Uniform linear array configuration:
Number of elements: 32
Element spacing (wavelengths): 1
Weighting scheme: binomial
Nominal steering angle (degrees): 0
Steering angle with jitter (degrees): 1.154
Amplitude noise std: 0.05
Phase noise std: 0.05

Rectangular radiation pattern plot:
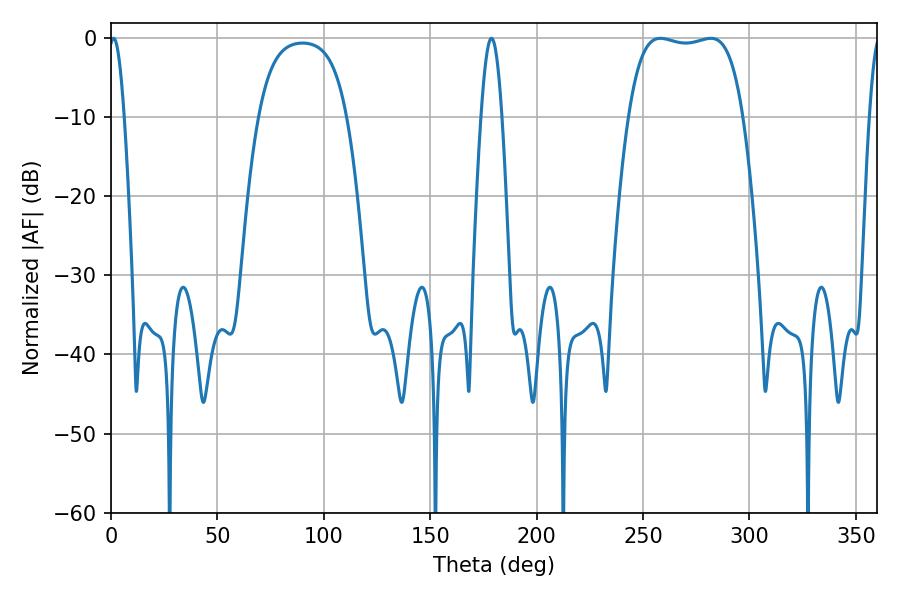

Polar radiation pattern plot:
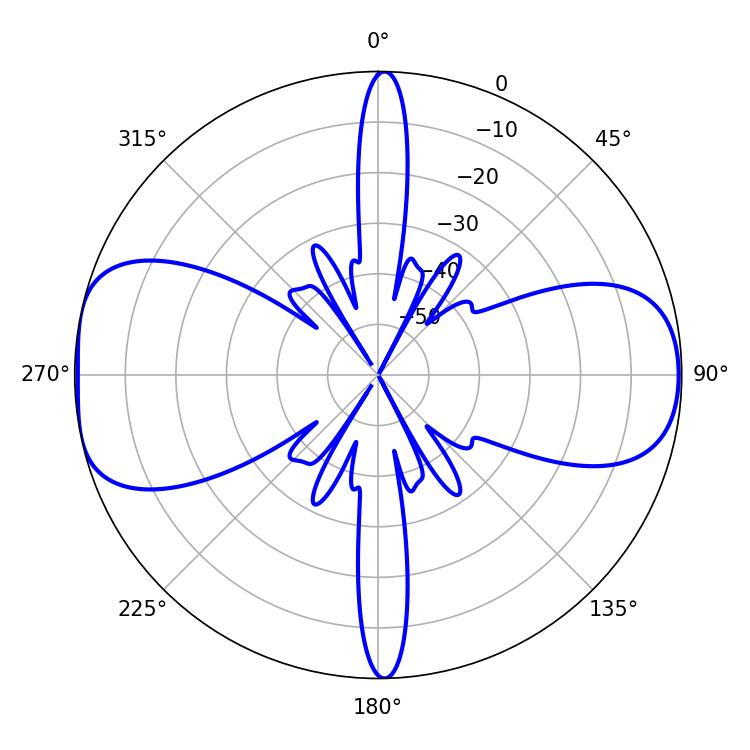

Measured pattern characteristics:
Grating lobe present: TRUE
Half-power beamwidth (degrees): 42.48
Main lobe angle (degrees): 258.12